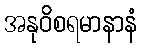
အနုဝိစရမာနာနံ